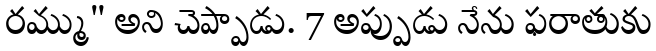
రమ్ము" అని చెప్పాడు. 7 అప్పుడు నేను ఫరాతుకు